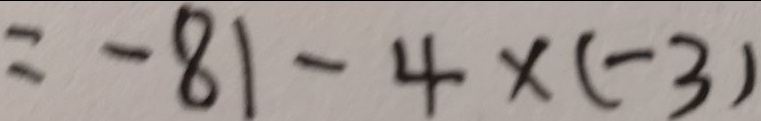
= - 8 1 - 4 \times ( - 3 )